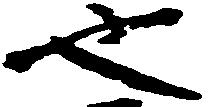
也